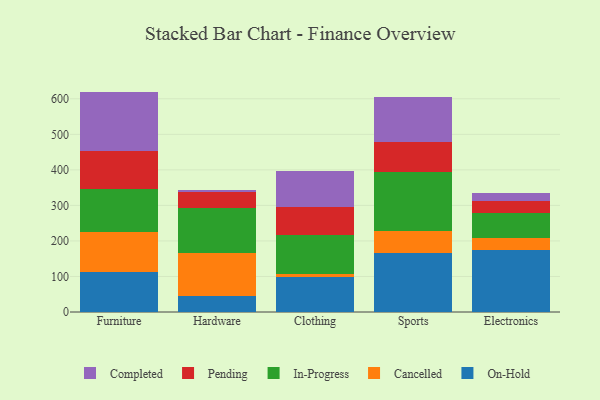
{"axis": {"x": "Category", "y": "Net Income (USD K)"}, "legend": ["Cancelled", "Completed", "In-Progress", "On-Hold", "Pending"], "data": [{"x": "Furniture", "y": 112.0, "type": "On-Hold"}, {"x": "Furniture", "y": 113.9, "type": "Cancelled"}, {"x": "Furniture", "y": 121.0, "type": "In-Progress"}, {"x": "Furniture", "y": 106.4, "type": "Pending"}, {"x": "Furniture", "y": 167.0, "type": "Completed"}, {"x": "Hardware", "y": 45.5, "type": "On-Hold"}, {"x": "Hardware", "y": 121.5, "type": "Cancelled"}, {"x": "Hardware", "y": 124.6, "type": "In-Progress"}, {"x": "Hardware", "y": 45.5, "type": "Pending"}, {"x": "Hardware", "y": 6.8, "type": "Completed"}, {"x": "Clothing", "y": 98.7, "type": "On-Hold"}, {"x": "Clothing", "y": 8.0, "type": "Cancelled"}, {"x": "Clothing", "y": 110.9, "type": "In-Progress"}, {"x": "Clothing", "y": 78.9, "type": "Pending"}, {"x": "Clothing", "y": 100.6, "type": "Completed"}, {"x": "Sports", "y": 165.9, "type": "On-Hold"}, {"x": "Sports", "y": 63.3, "type": "Cancelled"}, {"x": "Sports", "y": 164.8, "type": "In-Progress"}, {"x": "Sports", "y": 84.3, "type": "Pending"}, {"x": "Sports", "y": 128.2, "type": "Completed"}, {"x": "Electronics", "y": 174.1, "type": "On-Hold"}, {"x": "Electronics", "y": 34.7, "type": "Cancelled"}, {"x": "Electronics", "y": 68.7, "type": "In-Progress"}, {"x": "Electronics", "y": 35.0, "type": "Pending"}, {"x": "Electronics", "y": 21.6, "type": "Completed"}]}